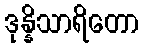
ဒုန္နိသာရိတော